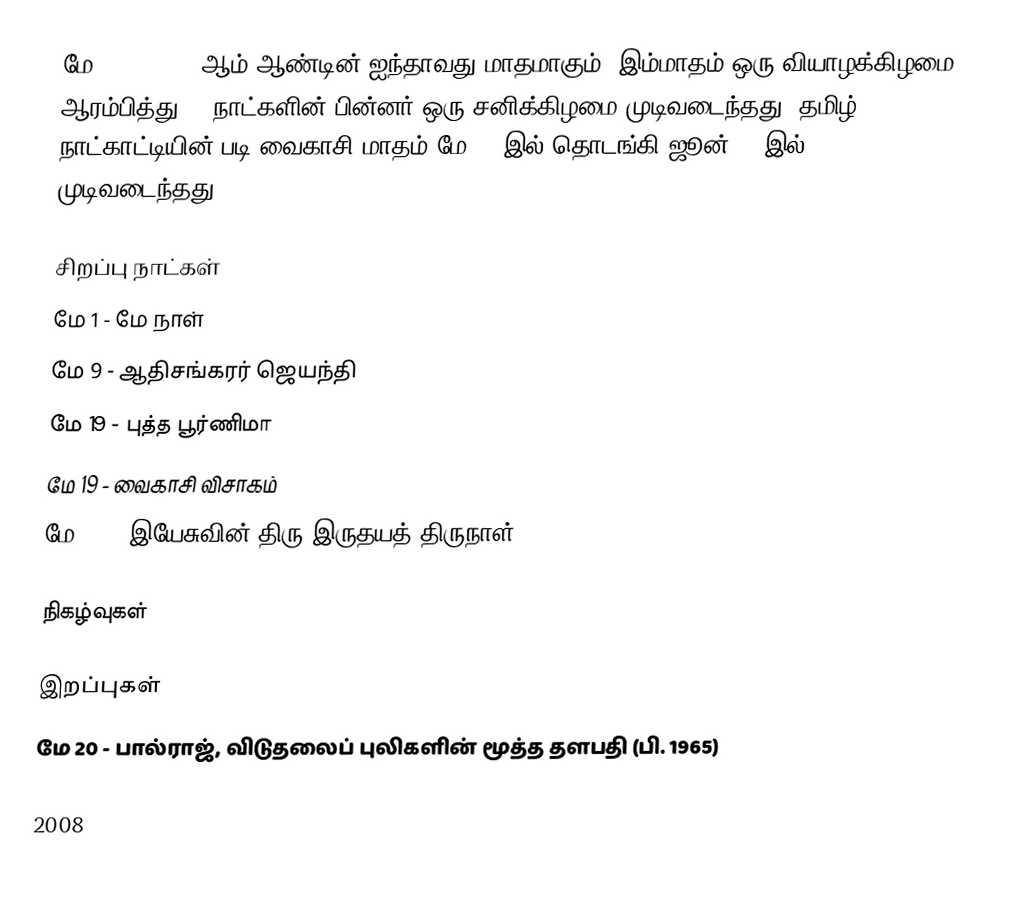
மே 2008, 2008 ஆம் ஆண்டின் ஐந்தாவது மாதமாகும். இம்மாதம் ஒரு வியாழக்கிழமை ஆரம்பித்து 30 நாட்களின் பின்னர் ஒரு சனிக்கிழமை முடிவடைந்தது. தமிழ் நாட்காட்டியின் படி வைகாசி மாதம் மே 14 இல் தொடங்கி ஜூன் 14 இல் முடிவடைந்தது.

சிறப்பு நாட்கள்
 மே 1 - மே நாள்
 மே 9 - ஆதிசங்கரர் ஜெயந்தி
 மே 19 - புத்த பூர்ணிமா
 மே 19 - வைகாசி விசாகம்
 மே 25 - இயேசுவின் திரு இருதயத் திருநாள்

நிகழ்வுகள்

இறப்புகள்
 மே 20 - பால்ராஜ், விடுதலைப் புலிகளின் மூத்த தளபதி (பி. 1965)

2008